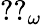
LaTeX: {\mathrm{??}}_{\omega}